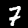
Digit: 7